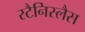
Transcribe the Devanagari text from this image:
स्टैनिस्लैस